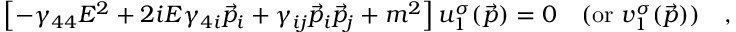
\left[ - \gamma _ { 4 4 } E ^ { 2 } + 2 i E \gamma _ { 4 i } \vec { p } _ { i } + \gamma _ { i j } \vec { p } _ { i } \vec { p } _ { j } + m ^ { 2 } \right] u _ { 1 } ^ { \sigma } ( \vec { p } ) = 0 \quad ( \mathrm { o r } \, \, v _ { 1 } ^ { \sigma } ( \vec { p } ) ) \quad ,